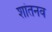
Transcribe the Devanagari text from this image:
शांतनव